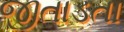
જીતાડતા